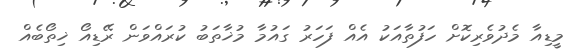
މީޑިއާ މެދުވެރިކޮށް ހަފުތާއަކު އެއް ފަހަރު ގައުމާ މުޚާތަބު ކުރައްވަން ރޭޑިއޯ ޚިތޯބެއް